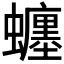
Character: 𧔊